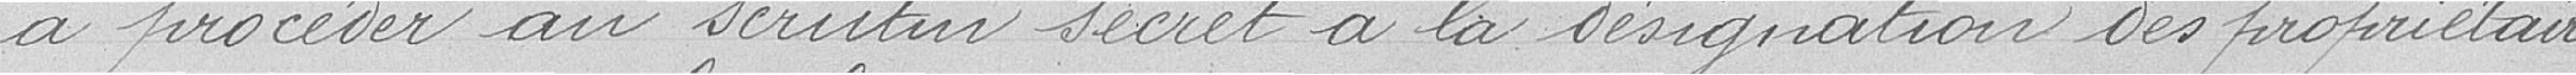
a procéder au scrutin secret à la désignation des propriétaires